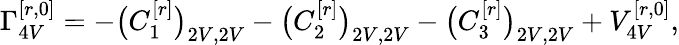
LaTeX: \Gamma_{4V}^{[r,0]}=-\big(C_{1}^{[r]}\big)_{2V,2V}-\big(C_{2}^{[r]}\big)_{2V,2V}-\big(C_{3}^{[r]}\big)_{2V,2V}+V_{4V}^{[r,0]},